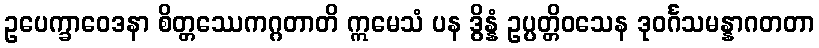
ဥပေက္ခာဝေဒနာ စိတ္တဿေကဂ္ဂတာတိ ဣမေသံ ပန ဒွိန္နံ ဥပ္ပတ္တိဝသေန ဒုဝင်္ဂသမန္နာဂတတာ